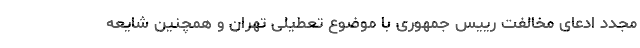
مجدد ادعای مخالفت رییس‌ جمهوری با موضوع تعطیلی تهران و همچنین شایعه